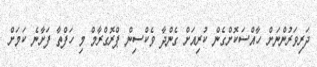
ދަރިވަރުންނަށް ހާއްސަކޮށްގެން ކުރިއަށް ގެންދާ ވެކްސިން ޕްރޮގްރާމް މި ހަފްތާ ފަށާނެ ކަމަށް